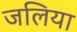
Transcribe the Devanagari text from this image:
जलिया